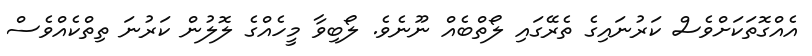
އެއްގޮތަކަށްވެސް ކަރުނައިގެ ތެރޭގައި ލޯތްބެއް ނޫނެވެ. ލޯބިވާ މީހެއްގެ ލޮލުން ކަރުނަ ތިތްކެއްވެސް